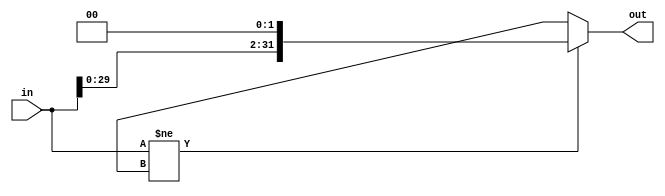
`timescale 1ns / 1ns
module shifter32to32 (input [31:0] in, output [31:0] out);
  assign out = (in != 32'bx) ? {in [30:0], 2'b00} : 32'bx;
endmodule


module shifter26to28 (input [25:0] in, output [27:0] out);
  assign out = (in != 26'bx) ? {in, 2'b00} : 28'bx;
endmodule